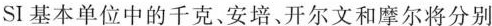
SI 基本单位中的千克、安培、开尔文和摩尔将分别